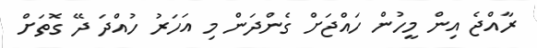
ރާއްޖެ އިން މީހުން ހައްޖަށް ގެންދަން މި އަހަރު ހުއްދަ ދޭ ގޮތަށް